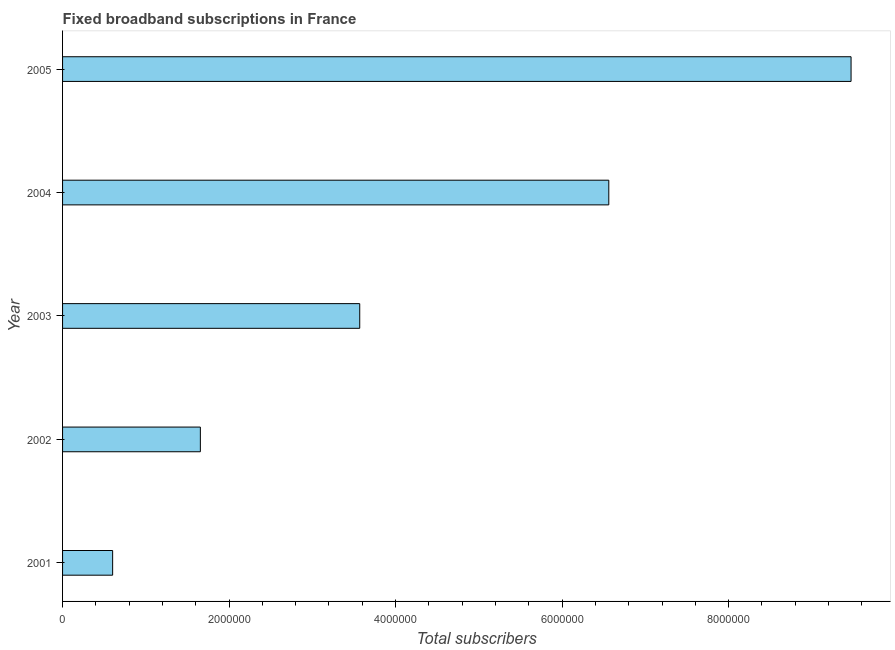
| Year | Fixed broadband subscriptions |
 | --- | --- |
 | 2001 | 6.02e+05 |
 | 2002 | 1.66e+06 |
 | 2003 | 3.57e+06 |
 | 2004 | 6.56e+06 |
 | 2005 | 9.47e+06 |